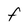
Character: F